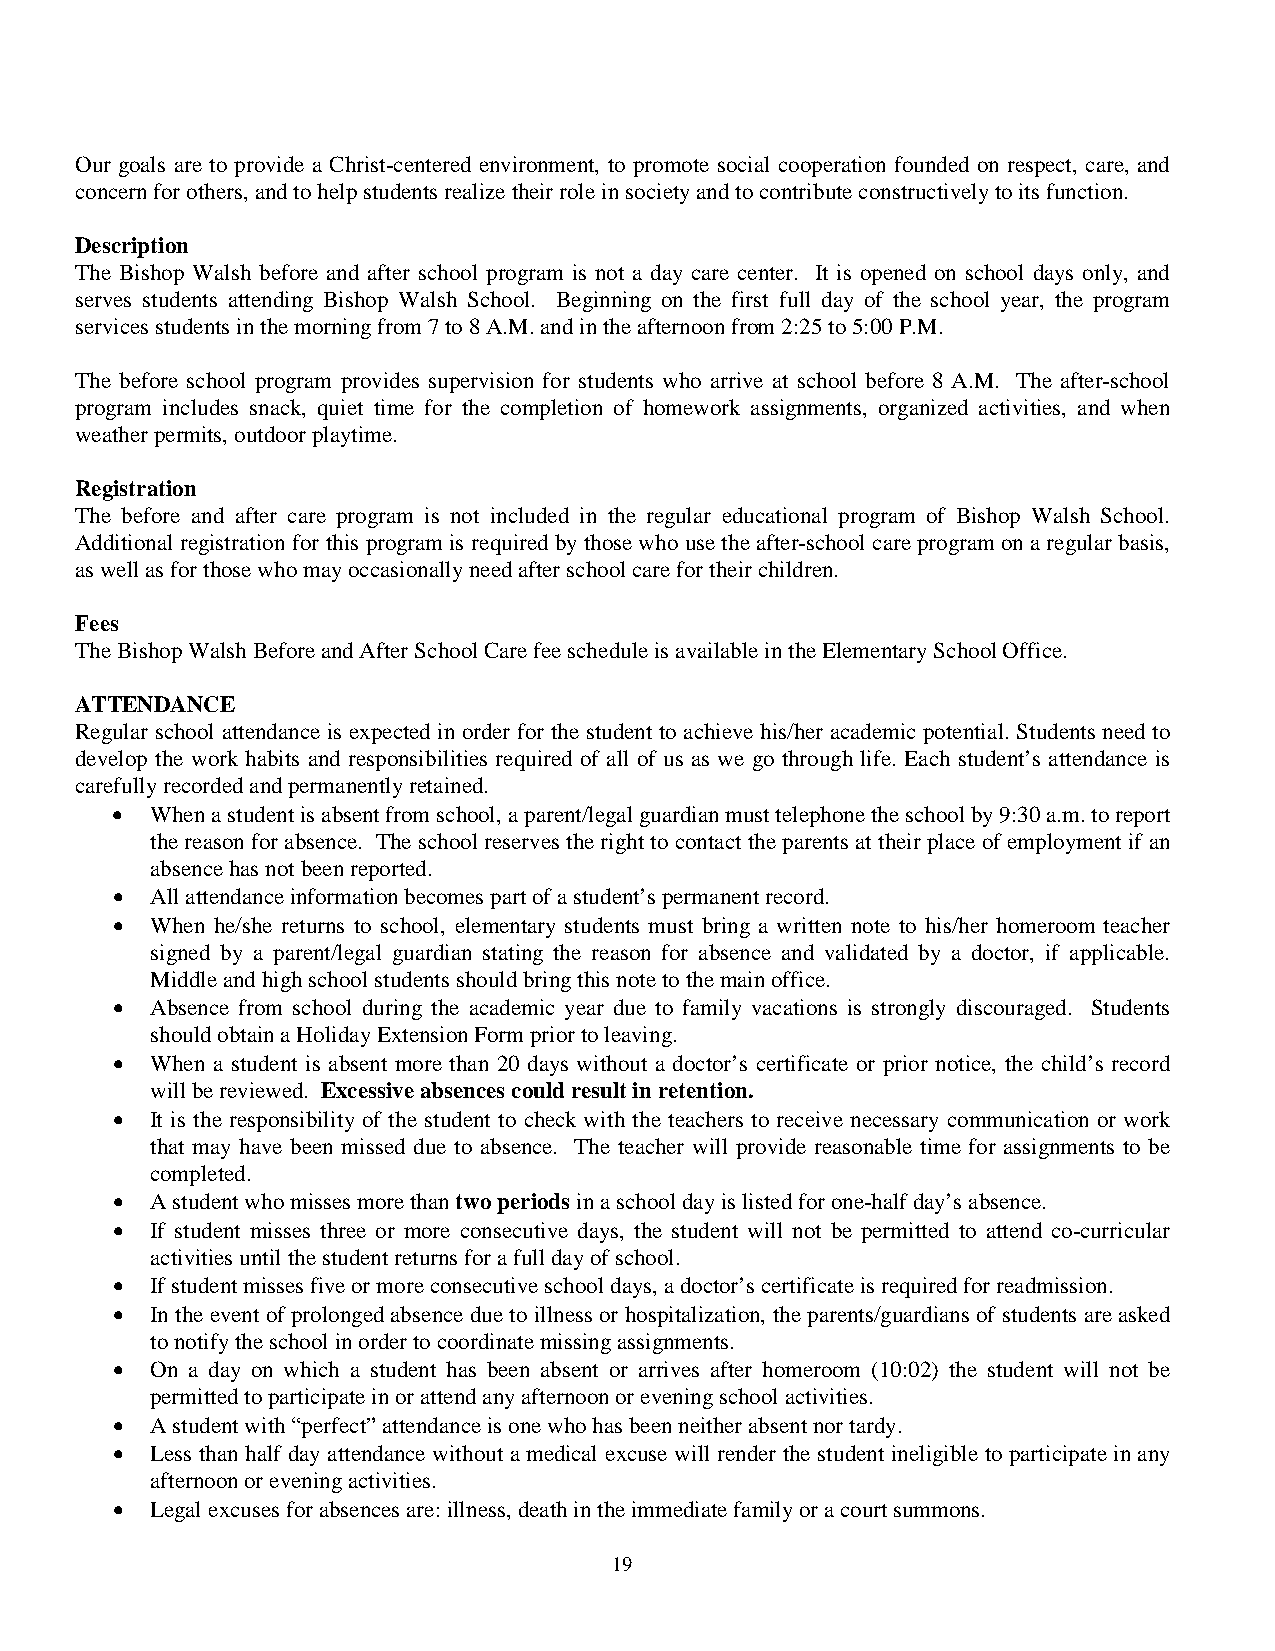
Our goals are to provide a Christ-centered environment, to promote social cooperation founded on respect, care, and
 concern for others, and to help students realize their role in society and to contribute constructively to its function.
 Description
 The Bishop Walsh before and after school program is not a day care center. It is opened on school days only, and
 serves students attending Bishop Walsh School. Beginning on the first full day of the school year, the program
 services students in the morning from 7 to 8 A.M. and in the afternoon from 2:25 to 5:00 P.M.
 The before school program provides supervision for students who arrive at school before 8 A.M. The after-school
 program includes snack, quiet time for the completion of homework assignments, organized activities, and when
 weather permits, outdoor playtime.
 Registration
 The before and after care program is not included in the regular educational program of Bishop Walsh School.
 Additional registration for this program is required by those who use the after-school care program on a regular basis,
 as well as for those who may occasionally need after school care for their children.
 Fees
 The Bishop Walsh Before and After School Care fee schedule is available in the Elementary School Office.
 ATTENDANCE
 Regular school attendance is expected in order for the student to achieve his/her academic potential. Students need to
 develop the work habits and responsibilities required of all of us as we go through life. Each student’s attendance is
 carefully recorded and permanently retained.
 •  When a student is absent from school, a parent/legal guardian must telephone the school by 9:30 a.m. to report
 the reason for absence. The school reserves the right to contact the parents at their place of employment if an
 absence has not been reported.
 •  All attendance information becomes part of a student’s permanent record.
 •  When he/she returns to school, elementary students must bring a written note to his/her homeroom teacher
 signed by a parent/legal guardian stating the reason for absence and validated by a doctor, if applicable.
 Middle and high school students should bring this note to the main office.
 •  Absence from school during the academic year due to family vacations is strongly discouraged. Students
 should obtain a Holiday Extension Form prior to leaving.
 •  When a student is absent more than 20 days without a doctor’s certificate or prior notice, the child’s record
 will be reviewed. Excessive absences could result in retention.
 •  It is the responsibility of the student to check with the teachers to receive necessary communication or work
 that may have been missed due to absence. The teacher will provide reasonable time for assignments to be
 completed.
 •  A student who misses more than two periods in a school day is listed for one-half day’s absence.
 •  If student misses three or more consecutive days, the student will not be permitted to attend co-curricular
 activities until the student returns for a full day of school.
 •  If student misses five or more consecutive school days, a doctor’s certificate is required for readmission.
 •  In the event of prolonged absence due to illness or hospitalization, the parents/guardians of students are asked
 to notify the school in order to coordinate missing assignments.
 •  On a day on which a student has been absent or arrives after homeroom (10:02) the student will not be
 permitted to participate in or attend any afternoon or evening school activities.
 •  A student with “perfect” attendance is one who has been neither absent nor tardy.
 •  Less than half day attendance without a medical excuse will render the student ineligible to participate in any
 afternoon or evening activities.
 •  Legal excuses for absences are: illness, death in the immediate family or a court summons.
 19